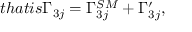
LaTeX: t h a t i s \Gamma _ { 3 j } = \Gamma _ { 3 j } ^ { S M } + \Gamma _ { 3 j } ^ { \prime } ,